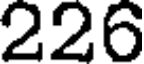
226